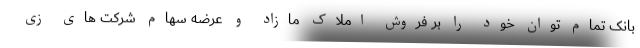
بانک تمام توان خود را بر فروش املاک مازاد و عرضه سهام شرکت های زی